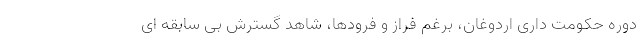
دوره حکومت داری اردوغان، برغم فراز و فرودها، شاهد گسترش بی سابقه ای